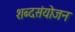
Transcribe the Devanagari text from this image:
शब्दसंयोजन